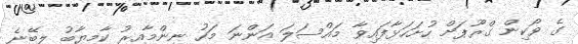
ގެ ވޯކިން ގްރޫޕަށް ހުށަހަޅާފައިވާ މައްސަލަ އަންނަ މަހު ނިންމާއިރު ކާމިޔާބު ލިބޭނެ